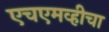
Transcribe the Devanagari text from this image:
एचएमव्हीचा